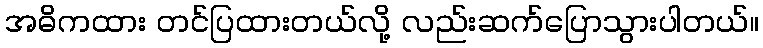
အဓိကထား တင်ပြထားတယ်လို့ လည်းဆက်ပြောသွားပါတယ်။